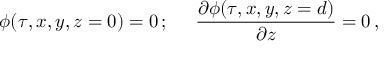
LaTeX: \phi ( \tau , x , y , z = 0 ) = 0 \, ; \; \; \; \; \; { \frac { \partial \phi ( \tau , x , y , z = d ) } { \partial z } } = 0 \, ,